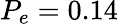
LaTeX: P_{e}=0.14